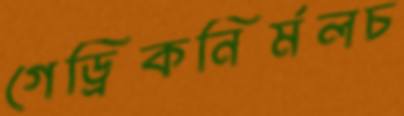
গেড্রিকনির্মলচ